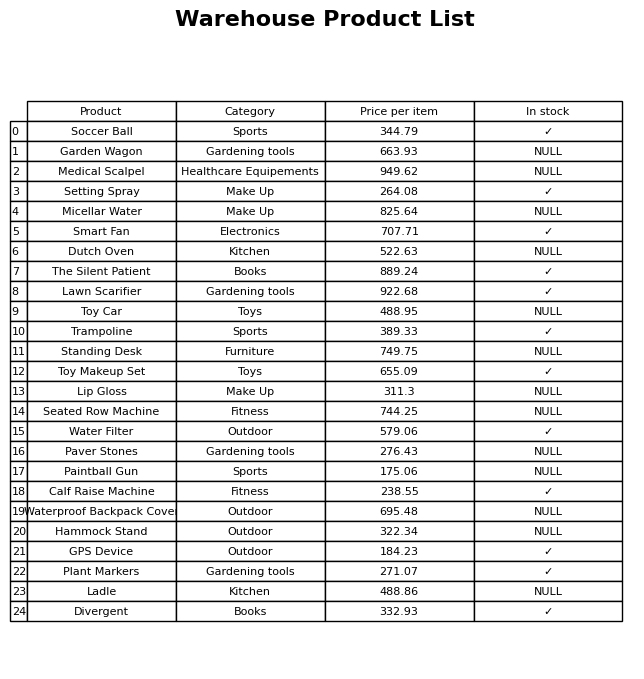
question: What is the price for Trampoline?
answer: The price of Trampoline is 389.33.